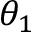
\theta _ { 1 }